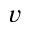
v